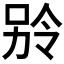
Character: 𪡎